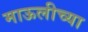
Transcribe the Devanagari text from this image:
माऊलीच्या